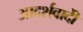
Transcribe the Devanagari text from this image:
आदर्शवादीें